Kambja_algkool, lk 116
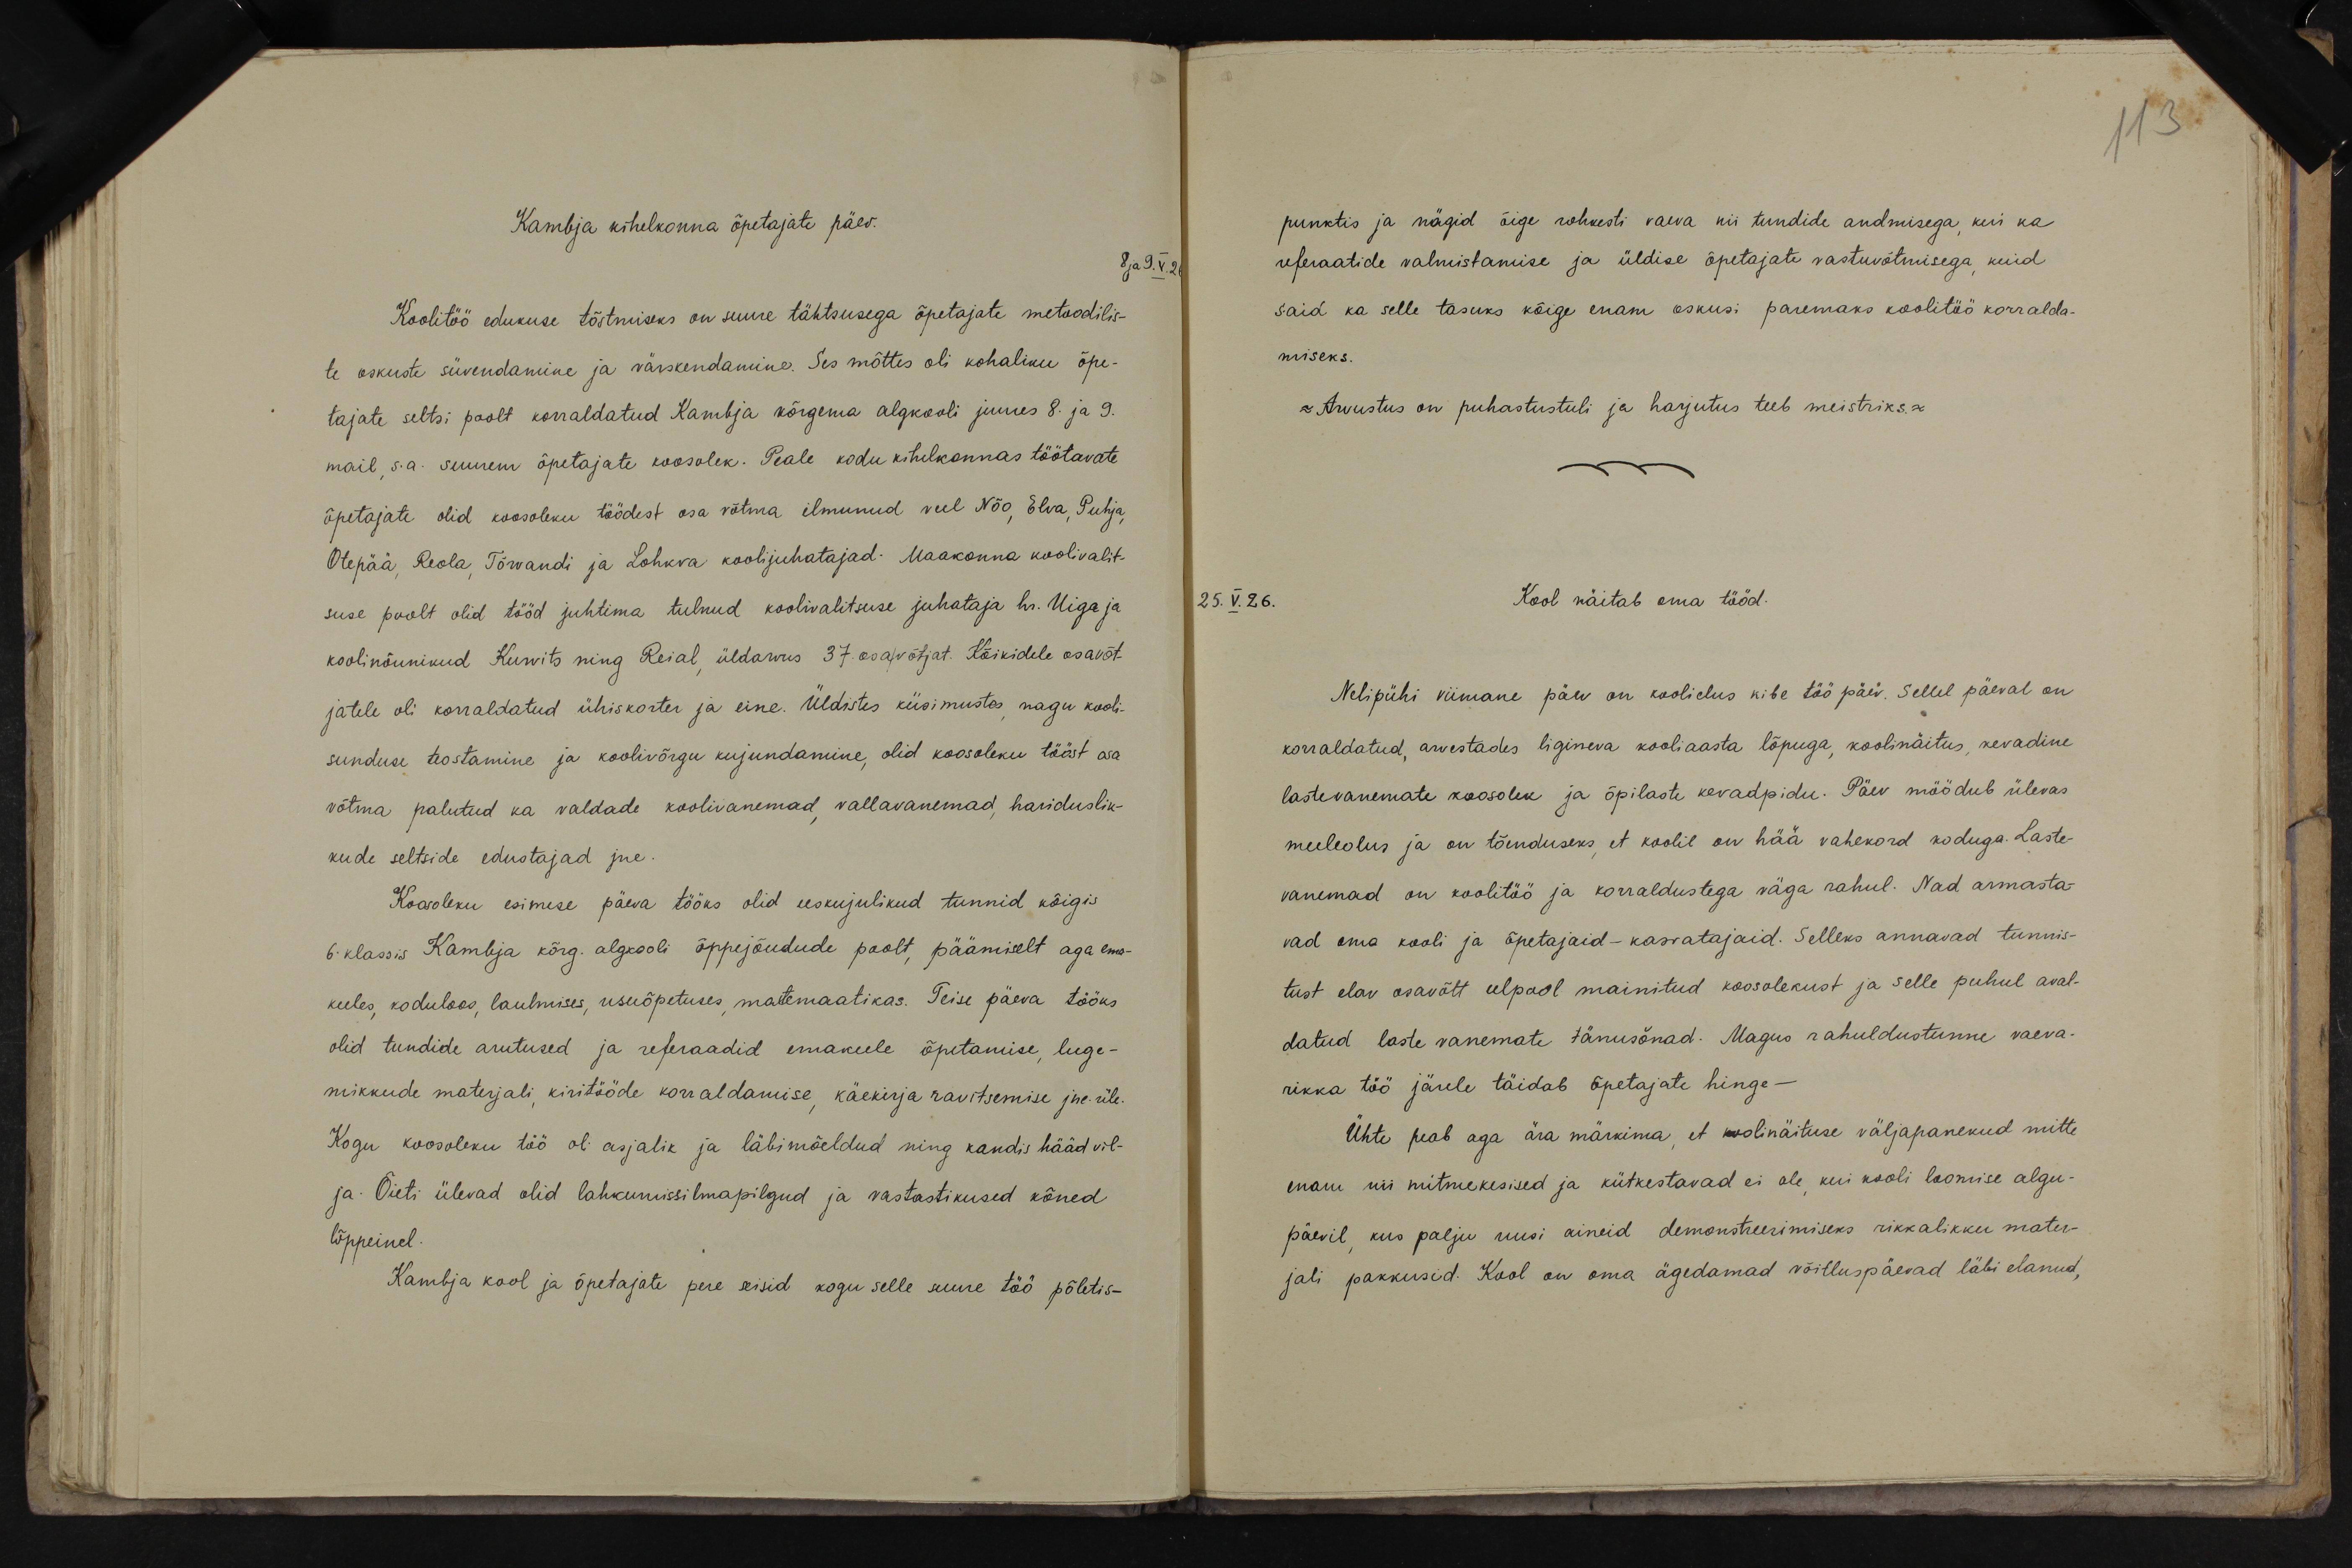
113

Kambja kihelkonna õpetajate päev.
8 ja 9.V.26
Koolitöö edukuse tõstmiseks on suure tähtsusega õpetajate metoodilis-
te oskuste süvendamine ja värskendamine. See mõttes oli kohaliku õpe-
tajate seltsi poolt korraldatud Kambja kõrgema algkooli juures 8. ja 9.
mail, s.a. suurem õpetajate koosolek. Peale kodu kihelkonnas töötavate
õpetajate olid koosoleku töödest osa võtma ilmunud veel Nõo, Elva, Puhja,
Otepää, Reola, Tõrvandi ja Lohkva koolijuhatajad: Maakonna koolivalit-
suse poolt olid tööd juhtima tulnud koolivalitsuse juhataja hr. Uiga ja
koolinõunikud Kurvits ning Reial üldarvus 37. osavõtjat. Kõikidele osavõt-
jatele oli korraldatud ühiskorter ja eine. Üldistes küsimustes nagu kooli-
sunduse teostamine ja koolivõrgu kujundamine, olid koosoleku tööst osa
võtma palutud ka valdade koolivanemad vallavanemad, hariduslik-
kude seltside edustajad jne.
Koosoleku esimese päeva tööks olid eeskujulikud tunnid kõigis
6. klassis Kambja kõrg. algkooli õppejõudude poolt, päämiselt aga ema-
keeles, kodulooos, laulmises, usuõpetuses, matemaatikas. Teise päeva tööks
olid tundide arutused ja referaadid emakeele õpetamise, luge-
mikkude materjali, kiritööde korraldamise, käekirja ravitsemise jne-üle.
Kogu koosoleku töö oli asjalik ja läbimõeldud ning kandis hääd vil-
ja. Õieti ülevad olid lahkumissilmapilgud ja vastastikused kõned
lõppeinel.
Kambja kool ja õpetajate pere seisid kogu selle suure töö põletis-

punktis ja nägid õige rohkesti vaeva nii tundide andmisega, kui ka
referaatide valmistamise ja üldise õpetajate vastuvõtmisega, kuid
said ka selle tasuks kõige enam oskusi paremaks koolitöö korralda-
miseks.
- Arvustus on puhastustuli ja harjutus teeb meistriks.
25.V.26.
Kool näitab oma tööd.
Nelipühi viimane päev on koolielus kibe töö päev. Sellel päeval on
korraldatud arvestades ligineva kooliaasta lõpuga, koolinäitus, kevadine
lastevanemate koosolek ja õpilaste kevadpidu. Päev möödub ülevas
meeleolus ja on tõenduseks, et koolil on hää vahekord koduga. Laste-
vanemad on koolitöö ja korraldustega väga rahul. Nad armasta-
vad oma kooli ja õpetajaid - kasvatajaid. Selleks annavad tunnis-
tust elav osavõtt eelpool mainitud koosolekust ja selle puhul aval-
datud laste vanemate tänusõnad. Magus rahuldustunne vaeva-
rikka töö järele täidab õpetajate hinge-
Ühte peab aga ära märkima, et wolinäituse väljapanekud mitte
enam nii mitmekesised ja kütkestavad ei ole, kui kooli loomise algu-
päevil, kus palju uusi aineid demonstreerimiseks rikkalikku mater-
jali pakkusid. Kool on oma ägedamad võitluspäevad läbi elanud,